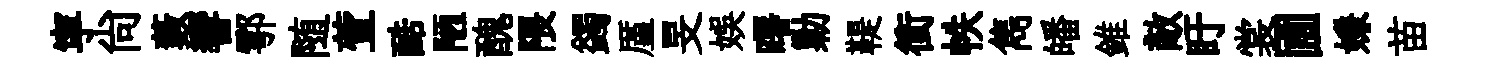
寜尙藪響鄠随萱酷陋醜隈蠲厪旻娱曙勦鞮衝帙雋皤錐敵盱裳圃嫌苗